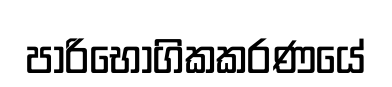
පාරිභෝගිකකරණයේ